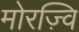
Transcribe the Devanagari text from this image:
मोरज़्वि